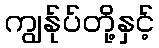
ကျွန်ုပ်တို့နှင့်